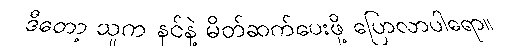
ဒီတော့ သူက နင်နဲ့ မိတ်ဆက်ပေးဖို့ ပြောလာပါရော။